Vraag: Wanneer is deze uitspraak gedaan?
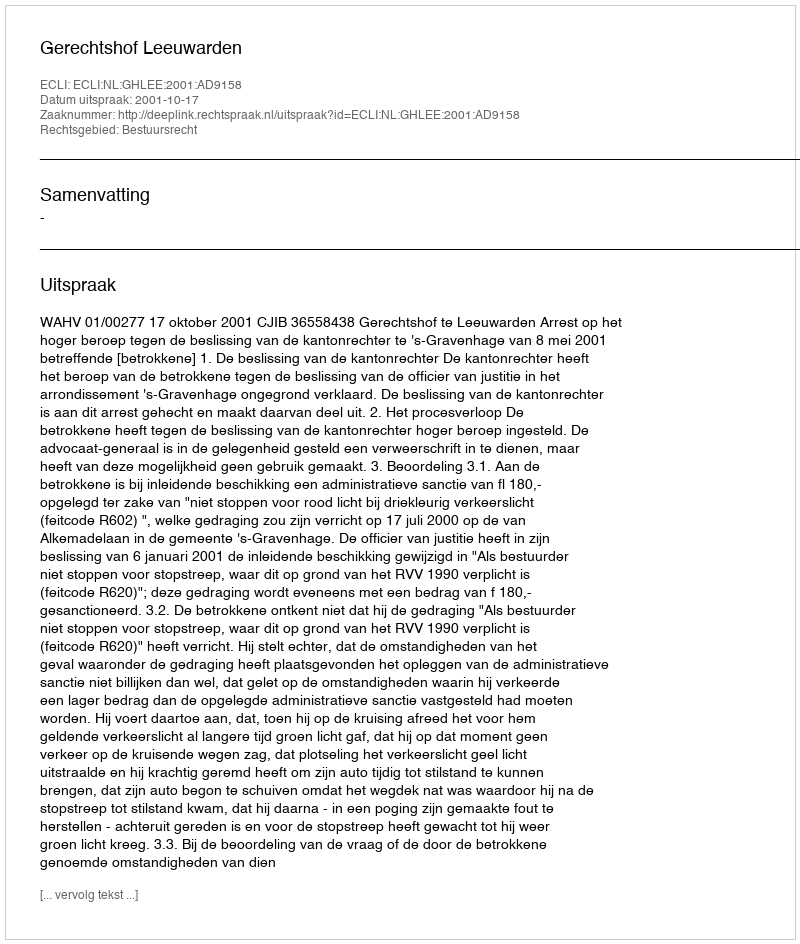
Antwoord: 2001-10-17